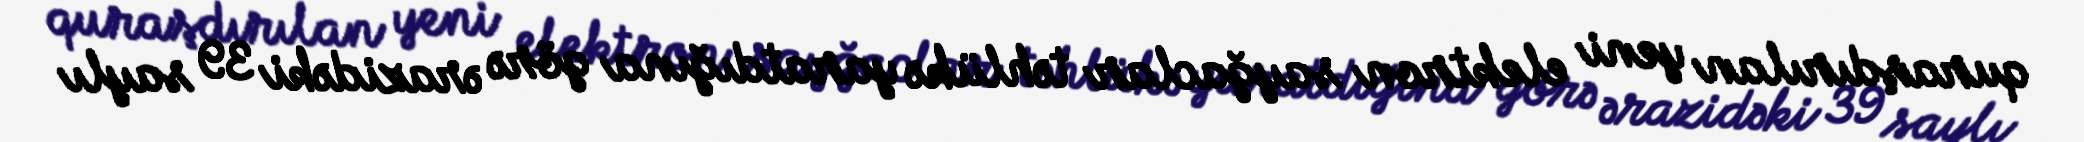
quraşdırılan yeni elektron sayğaclar təhlükə yaratdığına görə ərazidəki 39 saylı